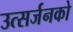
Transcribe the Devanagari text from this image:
उत्सर्जनको